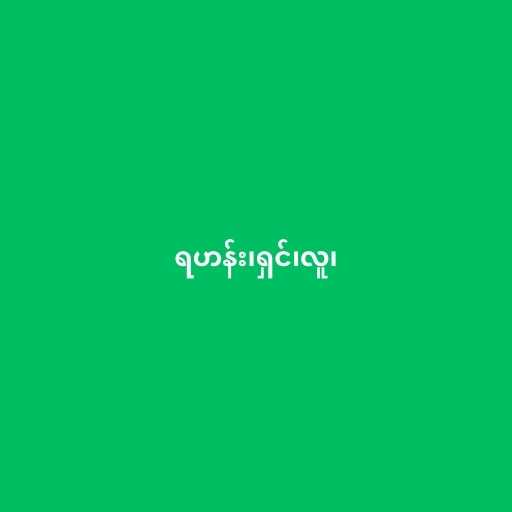
ရဟန်း၊ရှင်၊လူ၊